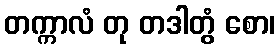
တက္ကာလံ တု တဒါတွံ စော၊